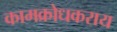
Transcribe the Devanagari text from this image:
कामक्रोधकराय